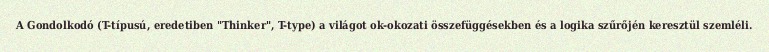
A Gondolkodó (T-típusú, eredetiben "Thinker", T-type) a világot ok-okozati összefüggésekben és a logika szűrőjén keresztül szemléli.